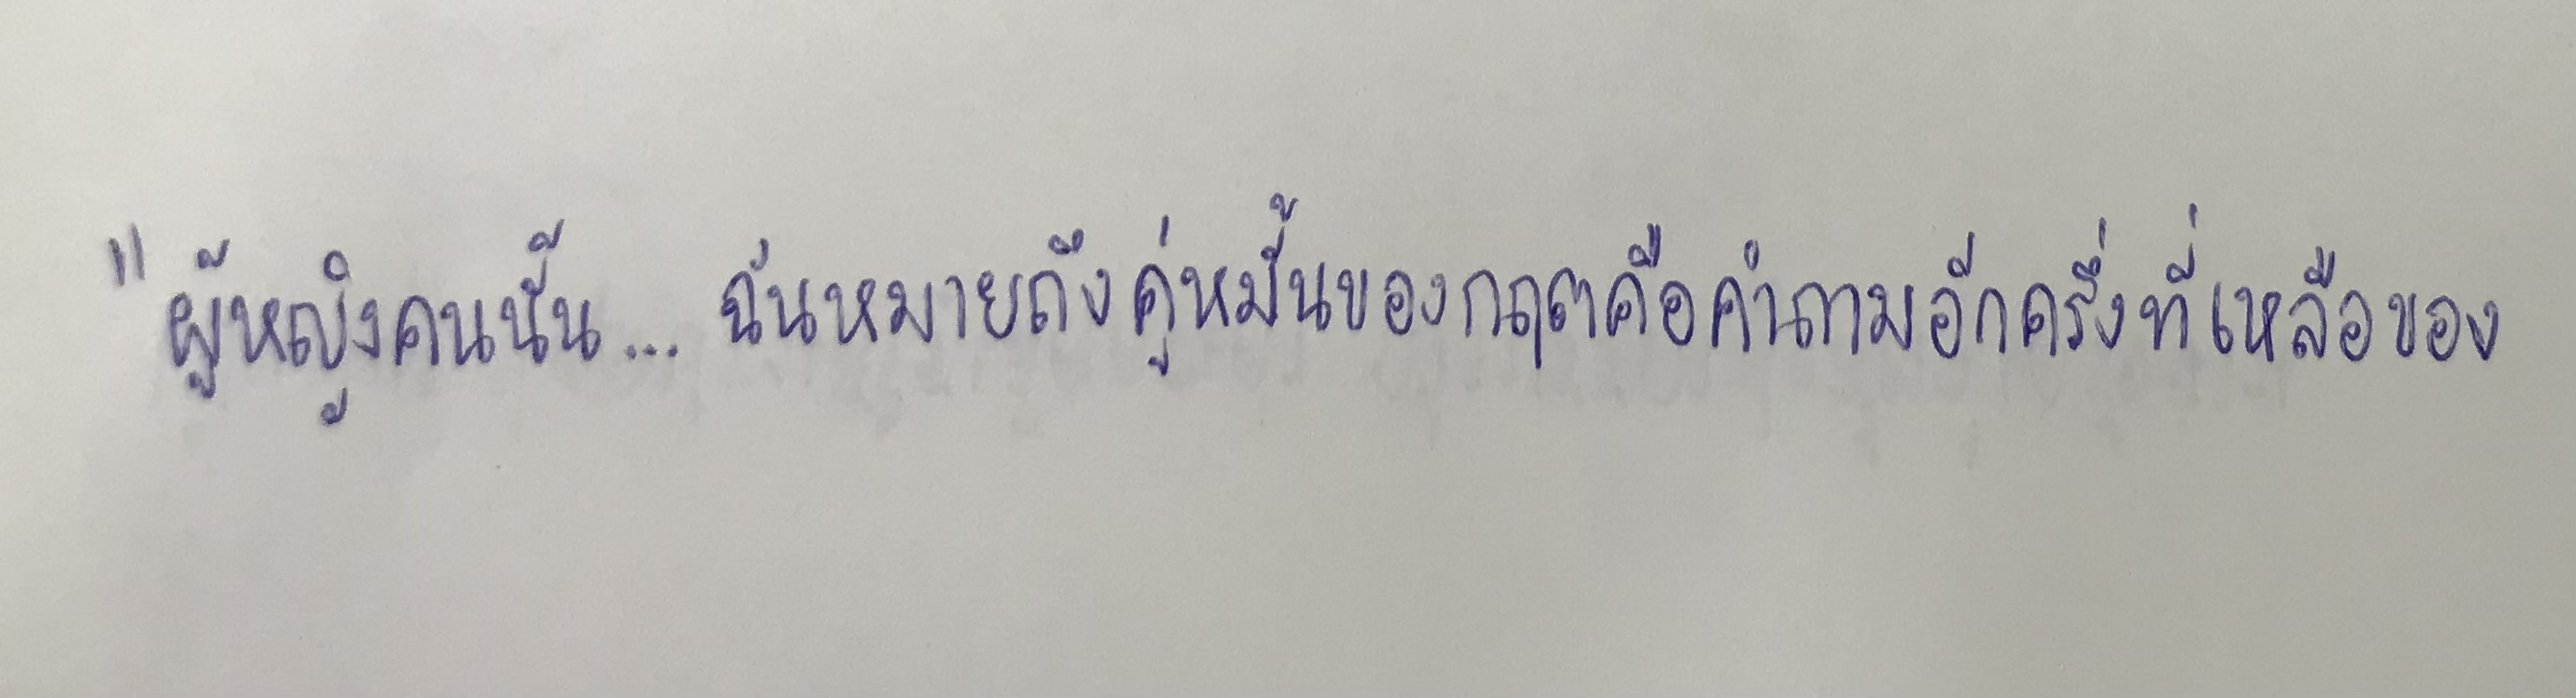
"ผู้หญิงคนนั้น...ฉันหมายถึงคู่หมั้นของกฤตคือคำถามอีกครึ่งที่เหลือของ